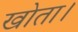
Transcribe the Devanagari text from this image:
खोता।